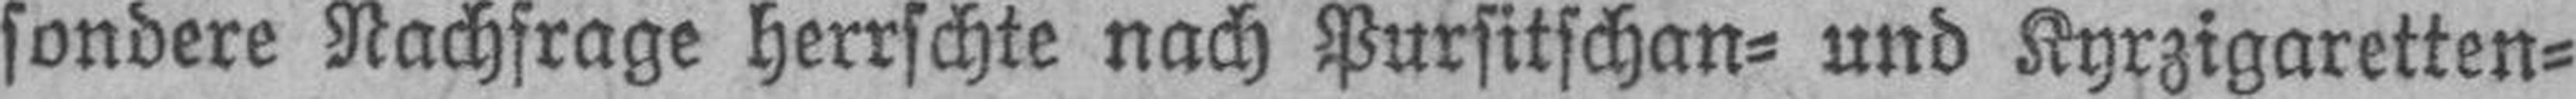
sondere Nachfrage herrschte nach Pursitschan= und Kyrzigaretten¬